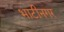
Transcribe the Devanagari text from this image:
भाटीनगर